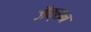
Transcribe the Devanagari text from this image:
जैक्‍सन